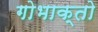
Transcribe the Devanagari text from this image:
गोभाक्तो